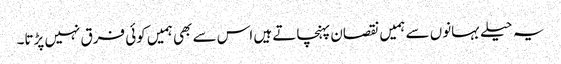
یہ حیلے بہانوں سے ہمیں نقصان پہنچاتے ہیں اس سے بھی ہمیں کوئی فرق نہیں پڑتا۔